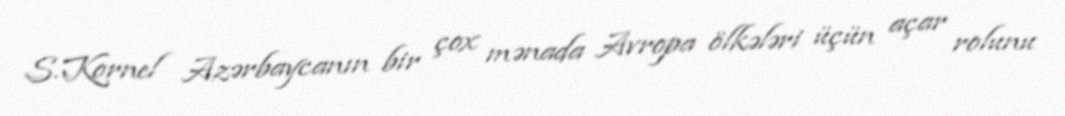
S.Kornel Azərbaycanın bir çox mənada Avropa ölkələri üçün açar rolunu